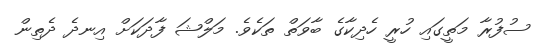
ސުފުރާ މަތީގައި ހުރީ ހެދިކާގެ ބާވަތް ތަކެވެ. މަލްޝަ ފާދަކަށް އިނދެ ދެތިން